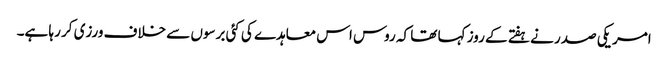
امریکی صدر نے ہفتے کے روز کہا تھا کہ روس اس معاہدے کی کئی برسوں سے خلاف ورزی کر رہا ہے۔